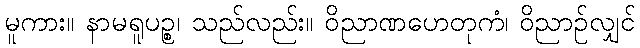
မူကား။ နာမရူပဉ္စ၊ သည်လည်း။ ဝိညာဏဟေတုကံ၊ ဝိညာဉ်လျှင်